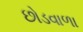
છોડવાળા